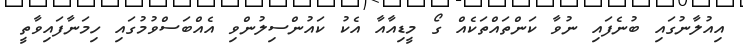
އިއުލާނުގައި ބުނެފައި ނުވާ ކަންތައްތަކެއް ގޯ މީޑިއާއާ އެކު ކައުންސިލުންވި އެއްބަސްވުމުގައި ހިމަނާފައިވާތީ